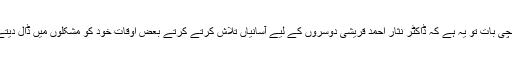
سچی بات تو یہ ہے کہ ڈاکٹر نثار احمد قریشی دوسروں کے لیے آسانیاں تلاش کرتے کرتے بعض اوقات خود کو مشکلوں میں ڈال دیتے۔